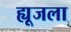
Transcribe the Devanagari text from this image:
ह्यूजला